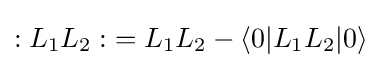
{:L_{1}L_{2}:}=L_{1}L_{2}-\langle 0|L_{1}L_{2}|0\rangle